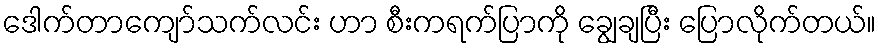
ဒေါက်တာကျော်သက်လင်း ဟာ စီးကရက်ပြာကို ချွေချပြီး ပြောလိုက်တယ်။